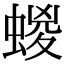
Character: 蝬